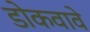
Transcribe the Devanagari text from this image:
डोकवावे